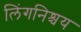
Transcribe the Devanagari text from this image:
लिंगनिश्चय